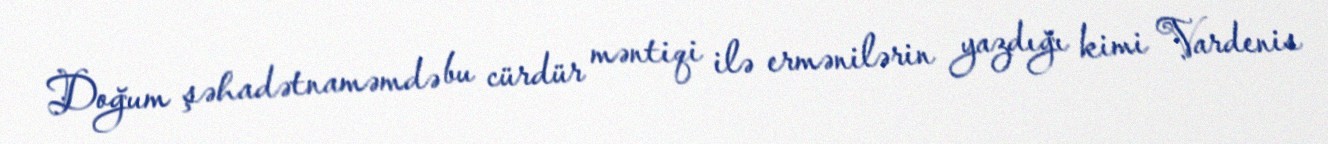
Doğum şəhadətnaməmdə bu cürdür məntiqi ilə ermənilərin yazdığı kimi Vardenis